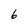
Character: 6